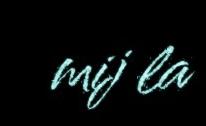
mij la